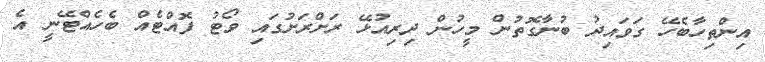
އިންތިހާބެހޭ ގަވައިދު ބުނާގޮތުން މީހުން ދިރިއުޅޭ ރަށްރަށުގައި ވޯޓު ފޮއްޓެއް ބެހެއްޓޭނީ އެ